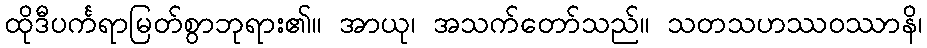
ထိုဒီပင်္ကရာမြတ်စွာဘုရား၏။ အာယု၊ အသက်တော်သည်။ သတသဟဿဝဿာနိ၊